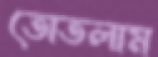
তোতলাম